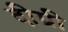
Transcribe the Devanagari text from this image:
दीग्री